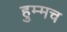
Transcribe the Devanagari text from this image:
हुम्मच